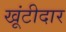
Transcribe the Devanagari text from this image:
खूंटीदार